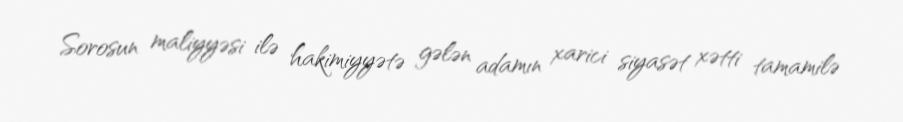
Sorosun maliyyəsi ilə hakimiyyətə gələn adamın xarici siyasət xətti tamamilə